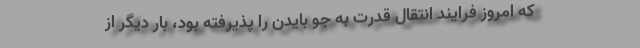
که امروز فرایند انتقال قدرت به جو بایدن را پذیرفته بود، بار دیگر از